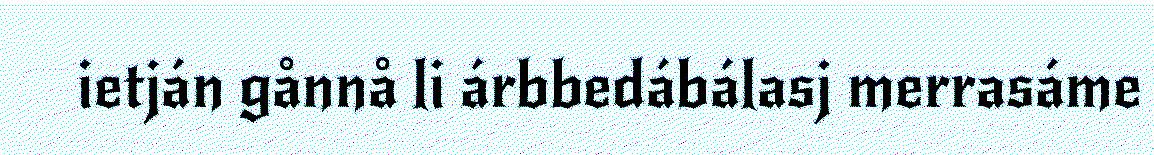
ietján gånnå li árbbedábálasj merrasáme